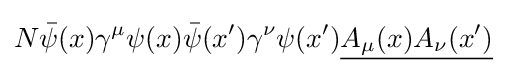
N{\bar {\psi }}(x)\gamma ^{\mu }\psi (x){\bar {\psi }}(x')\gamma ^{\nu }\psi (x'){\underline {A_{\mu }(x)A_{\nu }(x')}}\;